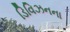
ડિવિઝનના